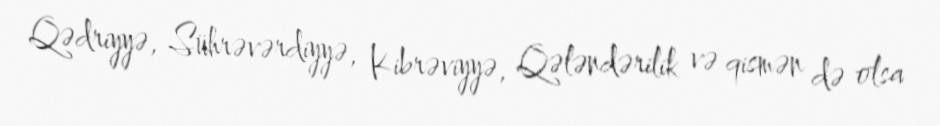
Qədriyyə, Sührəvərdiyyə, Kibrəviyyə, Qələndərilik və qismən də olsa